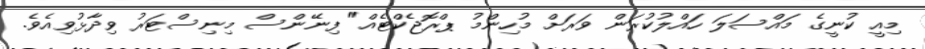
މިއީ ކުނީގެ މައްސަލަ ހައްލުކުރަން ވަރަށް މުހިންމު ޕްރޮޖެކްޓެއް" ފިނޭންސް މިނިސްޓަރު ވިދާޅުވިއެވެ.